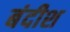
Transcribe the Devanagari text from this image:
बंदीश